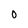
Character: 0